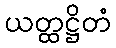
ယတ္ထဋ္ဌိတံ